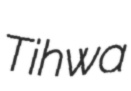
Tihwa